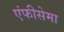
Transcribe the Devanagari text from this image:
एंफीसेमा